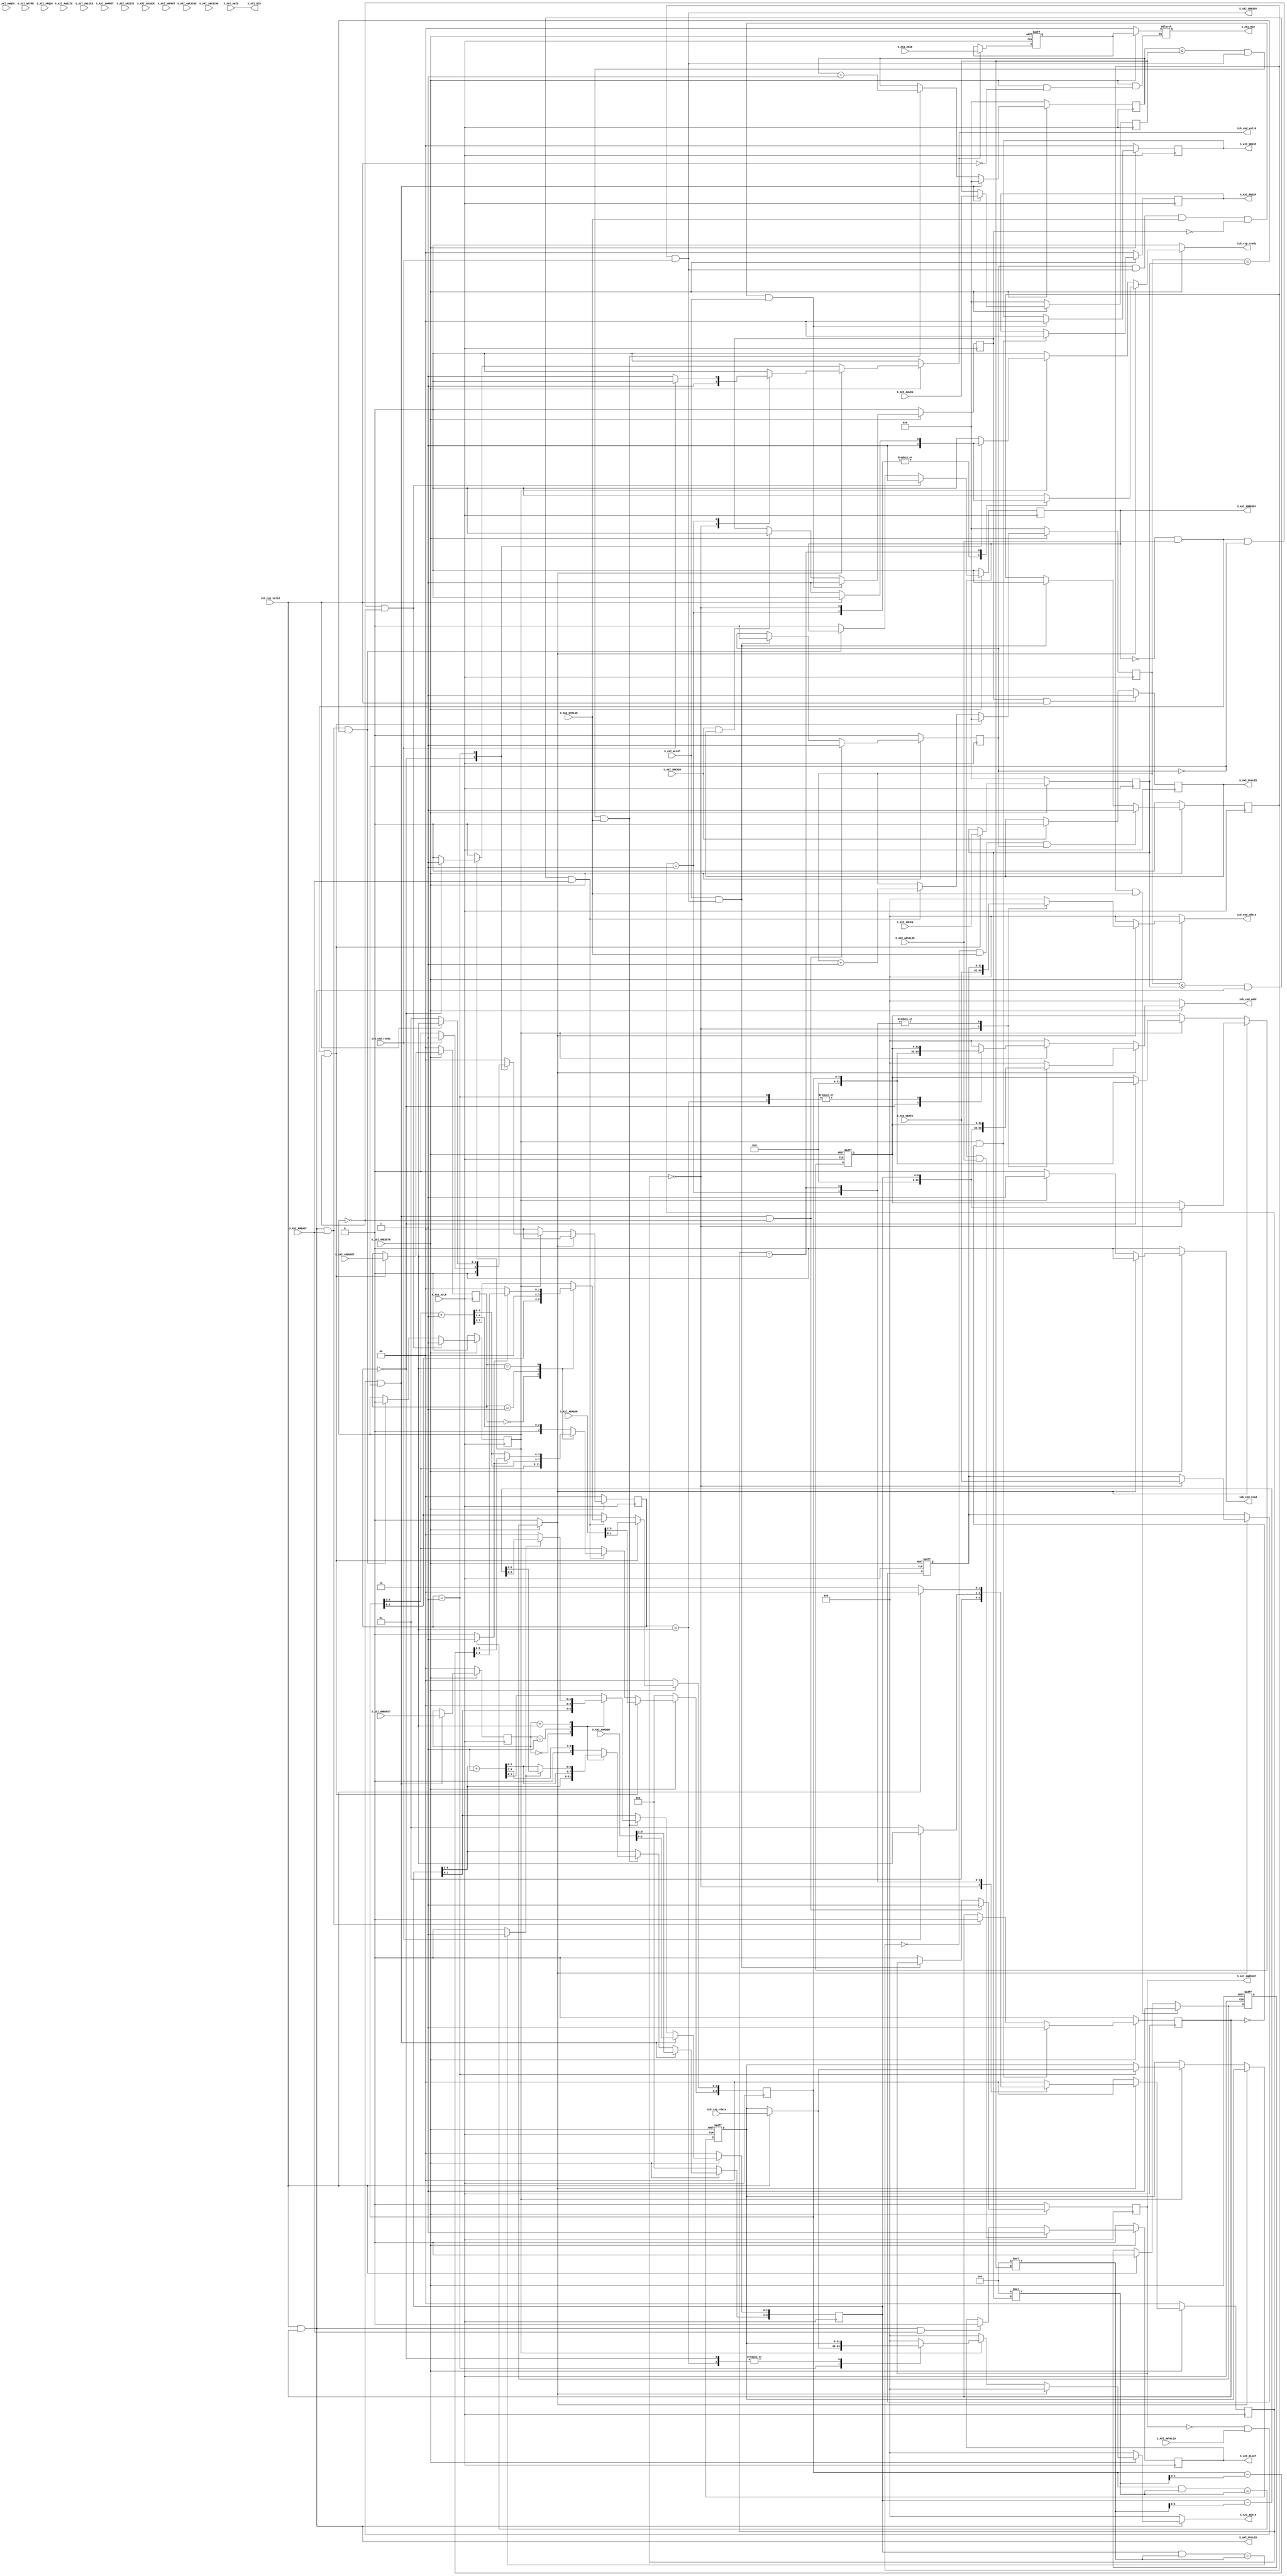
   
`timescale 1 ns / 1 ps

module myip_v1_0_S00_AXI #
	(
		// Users to add parameters here
		
		// User parameters ends
		// Do not modify the parameters beyond this line

		// Width of ID for for write address, write data, read address and read data
		parameter integer C_S_AXI_ID_WIDTH	= 2,
		parameter integer C_S_AXI_DATA_WIDTH	= 32,
		parameter integer C_S_AXI_ADDR_WIDTH	= 6,
		parameter integer C_S_AXI_AWUSER_WIDTH	= 0,
		parameter integer C_S_AXI_ARUSER_WIDTH	= 0,
		parameter integer C_S_AXI_WUSER_WIDTH	= 0,
		parameter integer C_S_AXI_RUSER_WIDTH	= 0,
		parameter integer C_S_AXI_BUSER_WIDTH	= 0
	)
	(
		// Users to add ports here
		output	reg					icb_cmd_valid,
		input 						icb_cmd_ready,
		output	reg [31:0] 			icb_cmd_addr,
		output	reg 				icb_cmd_read,
		output	reg [31:0] 			icb_cmd_wdata,
		input 						icb_rsp_valid,
		input  	[31:0]				icb_rsp_rdata,
		output	reg 				icb_rsp_ready,
		// User ports ends
		// Do not modify the ports beyond this line

		input wire  S_AXI_ACLK,
		input wire  S_AXI_ARESETN,
		input wire [C_S_AXI_ID_WIDTH-1 : 0] S_AXI_AWID,
		input wire [C_S_AXI_ADDR_WIDTH-1 : 0] S_AXI_AWADDR,
		input wire [7 : 0] S_AXI_AWLEN,
		input wire [2 : 0] S_AXI_AWSIZE,
		input wire [1 : 0] S_AXI_AWBURST,
		input wire  S_AXI_AWLOCK,
		input wire [3 : 0] S_AXI_AWCACHE,
		input wire [2 : 0] S_AXI_AWPROT,
		input wire [3 : 0] S_AXI_AWQOS,
		input wire  S_AXI_AWVALID,
		output wire  S_AXI_AWREADY,
		input wire [C_S_AXI_DATA_WIDTH-1 : 0] S_AXI_WDATA,
		input wire [(C_S_AXI_DATA_WIDTH/8)-1 : 0] S_AXI_WSTRB,
		input wire  S_AXI_WLAST,
		input wire  S_AXI_WVALID,
		output wire  S_AXI_WREADY,
		output wire [C_S_AXI_ID_WIDTH-1 : 0] S_AXI_BID,
		output wire [1 : 0] S_AXI_BRESP,
		output wire  S_AXI_BVALID,
		input wire  S_AXI_BREADY,
		input wire [C_S_AXI_ID_WIDTH-1 : 0] S_AXI_ARID,
		input wire [C_S_AXI_ADDR_WIDTH-1 : 0] S_AXI_ARADDR,
		input wire [7 : 0] S_AXI_ARLEN,
		input wire [2 : 0] S_AXI_ARSIZE,
		input wire [1 : 0] S_AXI_ARBURST,
		input wire  S_AXI_ARLOCK,
		input wire [3 : 0] S_AXI_ARCACHE,
		input wire [2 : 0] S_AXI_ARPROT,
		input wire [3 : 0] S_AXI_ARQOS,
		input wire  S_AXI_ARVALID,
		output wire  S_AXI_ARREADY,
		output wire [C_S_AXI_ID_WIDTH-1 : 0] S_AXI_RID,
		output wire [C_S_AXI_DATA_WIDTH-1 : 0] S_AXI_RDATA,
		output wire [1 : 0] S_AXI_RRESP,
		output wire  S_AXI_RLAST,
		output wire  S_AXI_RVALID,
		input wire  S_AXI_RREADY
	);

	// AXI4FULL signals
	reg [C_S_AXI_ADDR_WIDTH-1 : 0] 	axi_awaddr;
	reg  							axi_awready;
	wire  							axi_wready;
	reg [1 : 0] 					axi_bresp;
	reg  							axi_bvalid;
	reg [C_S_AXI_ADDR_WIDTH-1 : 0] 	axi_araddr;
	reg  							axi_arready;
	reg [C_S_AXI_DATA_WIDTH-1 : 0] 	axi_rdata;
	reg [1 : 0] 					axi_rresp;
	reg  							axi_rlast;
	wire  							axi_rvalid;
	// aw_wrap_en determines wrap boundary and enables wrapping
	wire aw_wrap_en;
	// ar_wrap_en determines wrap boundary and enables wrapping
	wire ar_wrap_en;
	// aw_wrap_size is the size of the write transfer, the
	// write address wraps to a lower address if upper address
	// limit is reached
	wire [31:0]  aw_wrap_size ; 
	// ar_wrap_size is the size of the read transfer, the
	// read address wraps to a lower address if upper address
	// limit is reached
	wire [31:0]  ar_wrap_size ; 
	// The axi_awv_awr_flag flag marks the presence of write address valid
	reg axi_awv_awr_flag;
	//The axi_arv_arr_flag flag marks the presence of read address valid
	reg axi_arv_arr_flag; 
	// The axi_awlen_cntr internal write address counter to keep track of beats in a burst transaction
	reg [7:0] axi_awlen_cntr;
	//The axi_arlen_cntr internal read address counter to keep track of beats in a burst transaction
	reg [7:0] axi_arlen_cntr;
	reg [1:0] axi_arburst;
	reg [1:0] axi_awburst;
	reg [7:0] axi_arlen;
	reg [7:0] axi_awlen;
	//local parameter for addressing 32 bit / 64 bit C_S_AXI_DATA_WIDTH
	//ADDR_LSB is used for addressing 32/64 bit registers/memories
	//ADDR_LSB = 2 for 32 bits (n downto 2) 
	//ADDR_LSB = 3 for 42 bits (n downto 3)

	localparam integer ADDR_LSB = (C_S_AXI_DATA_WIDTH/32)+ 1;
	localparam integer OPT_MEM_ADDR_BITS = 3;
	localparam integer USER_NUM_MEM = 1;
	//----------------------------------------------
	//-- Signals for user logic memory space example
	//------------------------------------------------
	wire [OPT_MEM_ADDR_BITS:0] mem_address;
	wire [USER_NUM_MEM-1:0] mem_select;
	reg [C_S_AXI_DATA_WIDTH-1:0] mem_data_out[0 : USER_NUM_MEM-1];
	reg r_last;
	reg [C_S_AXI_ID_WIDTH-1:0]r_id;
	reg [C_S_AXI_ID_WIDTH-1:0]r_id_temp;
	genvar i;
	genvar j;
	genvar mem_byte_index;

	// I/O Connections assignments

	assign S_AXI_AWREADY	= axi_awready;
	assign S_AXI_WREADY	= axi_wready;
	assign S_AXI_BRESP	= axi_bresp;
	assign S_AXI_BVALID	= axi_bvalid;
	assign S_AXI_ARREADY	= axi_arready;
	assign S_AXI_RDATA	= axi_rdata;
	assign S_AXI_RRESP	= axi_rresp;
	assign S_AXI_RLAST	= r_last;//axi_rlast;
	assign S_AXI_RVALID	= axi_rvalid;
	assign S_AXI_BID = S_AXI_AWID;
	assign S_AXI_RID = r_id;
	assign  aw_wrap_size = (C_S_AXI_DATA_WIDTH/8 * (axi_awlen)); 
	assign  ar_wrap_size = (C_S_AXI_DATA_WIDTH/8 * (axi_arlen)); 
	assign  aw_wrap_en = ((axi_awaddr & aw_wrap_size) == aw_wrap_size)? 1'b1: 1'b0;
	assign  ar_wrap_en = ((axi_araddr & ar_wrap_size) == ar_wrap_size)? 1'b1: 1'b0;

	// Implement axi_awready generation

	// axi_awready is asserted for one S_AXI_ACLK clock cycle when both
	// S_AXI_AWVALID and S_AXI_WVALID are asserted. axi_awready is
	// de-asserted when reset is low.
	// always @ (posedge S_AXI_ACLK)
	// if(!S_AXI_ARESETN)
		// r_id <= 0;
	// else if(S_AXI_ARVALID)
		// r_id <= S_AXI_ARID;
	// else
		// r_id <= r_id;
		
		
		
		
	// always @ (*)
	// if(!S_AXI_ARESETN)
		// begin
			// r_id_temp = 0;
			// r_id = 0;
		// end
	// else begin
		// if(icb_cmd_valid)
			// r_id_temp = S_AXI_ARID;
		// if(icb_rsp_valid)
			// r_id = r_id_temp;
	// end
		
	always @ (*)
	if(!S_AXI_ARESETN)
		r_id = 0;
	else if(icb_rsp_valid)
		r_id = r_id_temp;
	else
		r_id = r_id;
	
	always @ (posedge S_AXI_ACLK, negedge S_AXI_ARESETN)
	if(!S_AXI_ARESETN)
		r_id_temp <= 0;
	else if(icb_cmd_valid)
		r_id_temp <= S_AXI_ARID;
		
	
		
		
		
	always @ (posedge S_AXI_ACLK)
	if(!S_AXI_ARESETN)
		r_last <= 0;
	else if(S_AXI_ARREADY & S_AXI_ARVALID)
		r_last <= 1;
	else if(S_AXI_RVALID & S_AXI_RREADY) 
		r_last <= 0;
	
	
	always @( posedge S_AXI_ACLK )
	begin
	  if ( S_AXI_ARESETN == 1'b0 )
	    begin
	      axi_awready <= 1'b0;
	      axi_awv_awr_flag <= 1'b0;
	    end 
	  else
	    begin    
	      if (~axi_awready && S_AXI_AWVALID && ~axi_awv_awr_flag && ~axi_arv_arr_flag)
	        begin
	          // slave is ready to accept an address and associated control signals
	          axi_awready <= 1'b1;
	          axi_awv_awr_flag  <= 1'b1; 
	          // used for generation of bresp() and bvalid
	        end
	      else if (S_AXI_WLAST && axi_wready)          
	      // preparing to accept next address after current write burst tx completion
	        begin
	          axi_awv_awr_flag  <= 1'b0;
	        end
	      else        
	        begin
	          axi_awready <= 1'b0;
	        end
	    end 
	end       
	// Implement axi_awaddr latching

	// This process is used to latch the address when both 
	// S_AXI_AWVALID and S_AXI_WVALID are valid. 

	always @( posedge S_AXI_ACLK )
	begin
	  if ( S_AXI_ARESETN == 1'b0 )
	    begin
	      axi_awaddr <= 0;
	      axi_awlen_cntr <= 0;
	      axi_awburst <= 0;
	      axi_awlen <= 0;
	    end 
	  else
	    begin    
	      if (~axi_awready && S_AXI_AWVALID && ~axi_awv_awr_flag)
	        begin
	          // address latching 
	          axi_awaddr <= S_AXI_AWADDR[C_S_AXI_ADDR_WIDTH - 1:0];  
	           axi_awburst <= S_AXI_AWBURST; 
	           axi_awlen <= S_AXI_AWLEN;     
	          // start address of transfer
	          axi_awlen_cntr <= 0;
	        end   
	      else if((axi_awlen_cntr <= axi_awlen) && axi_wready && S_AXI_WVALID)        
	        begin

	          axi_awlen_cntr <= axi_awlen_cntr + 1;

	          case (axi_awburst)
	            2'b00: // fixed burst
	            // The write address for all the beats in the transaction are fixed
	              begin
	                axi_awaddr <= axi_awaddr;          
	                //for awsize = 4 bytes (010)
	              end   
	            2'b01: //incremental burst
	            // The write address for all the beats in the transaction are increments by awsize
	              begin
	                axi_awaddr[C_S_AXI_ADDR_WIDTH - 1:ADDR_LSB] <= axi_awaddr[C_S_AXI_ADDR_WIDTH - 1:ADDR_LSB] + 1;
	                //awaddr aligned to 4 byte boundary
	                axi_awaddr[ADDR_LSB-1:0]  <= {ADDR_LSB{1'b0}};   
	                //for awsize = 4 bytes (010)
	              end   
	            2'b10: //Wrapping burst
	            // The write address wraps when the address reaches wrap boundary 
	              if (aw_wrap_en)
	                begin
	                  axi_awaddr <= (axi_awaddr - aw_wrap_size); 
	                end
	              else 
	                begin
	                  axi_awaddr[C_S_AXI_ADDR_WIDTH - 1:ADDR_LSB] <= axi_awaddr[C_S_AXI_ADDR_WIDTH - 1:ADDR_LSB] + 1;
	                  axi_awaddr[ADDR_LSB-1:0]  <= {ADDR_LSB{1'b0}}; 
	                end                      
	            default: //reserved (incremental burst for example)
	              begin
	                axi_awaddr <= axi_awaddr[C_S_AXI_ADDR_WIDTH - 1:ADDR_LSB] + 1;
	                //for awsize = 4 bytes (010)
	              end
	          endcase              
	        end
	    end 
	end       
	// Implement axi_wready generation

	// axi_wready is asserted for one S_AXI_ACLK clock cycle when both
	// S_AXI_AWVALID and S_AXI_WVALID are asserted. axi_wready is 
	// de-asserted when reset is low. 
	reg axi_wready_temp;
	always @( posedge S_AXI_ACLK )
	begin
	  if ( S_AXI_ARESETN == 1'b0 )
	    begin
	      axi_wready_temp <= 1'b0;
	    end 
	  else
	    begin    
	      if ( ~axi_wready_temp && S_AXI_WVALID && axi_awv_awr_flag)
	        begin
	          // slave can accept the write data
	          axi_wready_temp <= 1'b1;
	        end
	      //else if (~axi_awv_awr_flag)
	      else if (S_AXI_WLAST && axi_wready)
	        begin
	          axi_wready_temp <= 1'b0;
	        end
	    end 
	end   
	assign axi_wready = axi_wready_temp && icb_cmd_ready;
	// Implement write response logic generation

	// The write response and response valid signals are asserted by the slave 
	// when axi_wready, S_AXI_WVALID, axi_wready and S_AXI_WVALID are asserted.  
	// This marks the acceptance of address and indicates the status of 
	// write transaction.
	reg axi_bvalid_temp;
	always @( posedge S_AXI_ACLK )
	begin
	  if ( S_AXI_ARESETN == 1'b0 )
	    begin
	      axi_bvalid_temp <= 0;
	      axi_bresp <= 2'b0;
	    end 
	  else
	    begin    
	      if (axi_awv_awr_flag && axi_wready && S_AXI_WVALID && ~axi_bvalid_temp && S_AXI_WLAST)
	        begin
	          axi_bvalid_temp <= 1'b1;
	          axi_bresp  <= 2'b0; 
	          // 'OKAY' response 
	        end                   
	      else
	        begin
	          if (S_AXI_BREADY && axi_bvalid) 
	          //check if bready is asserted while bvalid is high) 
	          //(there is a possibility that bready is always asserted high)   
	            begin
	              axi_bvalid_temp <= 1'b0; 
	            end  
	        end
	    end
	 end
	 always @ (posedge S_AXI_ACLK)
	 if(axi_bvalid_temp && icb_rsp_valid)
		axi_bvalid = 1;
	else if(S_AXI_BREADY)
		axi_bvalid = 0;
	 // assign axi_bvalid = axi_bvalid_temp && icb_rsp_valid;
	/*always @( posedge S_AXI_ACLK )
	begin
	  if ( S_AXI_ARESETN == 1'b0 )
	    begin
	      axi_bvalid <= 0;
	      axi_bresp <= 2'b0;
	    end 
	  else
	    begin    
	      if (axi_awv_awr_flag && axi_wready && S_AXI_WVALID && ~axi_bvalid && S_AXI_WLAST)
	        begin
	          axi_bvalid <= 1'b1;
	          axi_bresp  <= 2'b0; 
	          // 'OKAY' response 
	        end                   
	      else
	        begin
	          if (S_AXI_BREADY && axi_bvalid) 
	          //check if bready is asserted while bvalid is high) 
	          //(there is a possibility that bready is always asserted high)   
	            begin
	              axi_bvalid <= 1'b0; 
	            end  
	        end
	    end
	 end  */ 
	// Implement axi_arready generation

	// axi_arready is asserted for one S_AXI_ACLK clock cycle when
	// S_AXI_ARVALID is asserted. axi_awready is 
	// de-asserted when reset (active low) is asserted. 
	// The read address is also latched when S_AXI_ARVALID is 
	// asserted. axi_araddr is reset to zero on reset assertion.

	always @( posedge S_AXI_ACLK )
	begin
	  if ( S_AXI_ARESETN == 1'b0 )
	    begin
	      axi_arready <= 1'b0;
	      axi_arv_arr_flag <= 1'b0;
	    end 
	  else
	    begin    
	      if (~axi_arready && S_AXI_ARVALID && ~axi_awv_awr_flag && ~axi_arv_arr_flag)
	        begin
	          axi_arready <= 1'b1;
	          axi_arv_arr_flag <= 1'b1;
	        end
	      else if (axi_rvalid && S_AXI_RREADY && axi_arlen_cntr == axi_arlen)
	      // preparing to accept next address after current read completion
	        begin
	          axi_arv_arr_flag  <= 1'b0;
	        end
	      else        
	        begin
	          axi_arready <= 1'b0;
	        end
	    end 
	end       
	// Implement axi_araddr latching

	//This process is used to latch the address when both  S_AXI_ARVALID and S_AXI_RVALID are valid. 
	always @( posedge S_AXI_ACLK )
	begin
	  if ( S_AXI_ARESETN == 1'b0 )
	    begin
	      axi_araddr <= 0;
	      axi_arlen_cntr <= 0;
	      axi_arburst <= 0;
	      axi_arlen <= 0;
	      axi_rlast <= 1'b0;
	    end 
	  else
	    begin    
	      if (~axi_arready && S_AXI_ARVALID && ~axi_arv_arr_flag)
	        begin
	          // address latching 
	          axi_araddr <= S_AXI_ARADDR[C_S_AXI_ADDR_WIDTH - 1:0]; 
	          axi_arburst <= S_AXI_ARBURST; 
	          axi_arlen <= S_AXI_ARLEN;     
	          // start address of transfer
	          axi_arlen_cntr <= 0;
	          axi_rlast <= 1'b0;
	        end   
	      else if((axi_arlen_cntr <= axi_arlen) && axi_rvalid && S_AXI_RREADY)        
	        begin
	         
	          axi_arlen_cntr <= axi_arlen_cntr + 1;
	          axi_rlast <= 1'b0;
	        
	          case (axi_arburst)
	            2'b00: // fixed burst
	             // The read address for all the beats in the transaction are fixed
	              begin
	                axi_araddr       <= axi_araddr;        
	                //for arsize = 4 bytes (010)
	              end   
	            2'b01: //incremental burst
	            // The read address for all the beats in the transaction are increments by awsize
	              begin
	                axi_araddr[C_S_AXI_ADDR_WIDTH - 1:ADDR_LSB] <= axi_araddr[C_S_AXI_ADDR_WIDTH - 1:ADDR_LSB] + 1; 
	                //araddr aligned to 4 byte boundary
	                axi_araddr[ADDR_LSB-1:0]  <= {ADDR_LSB{1'b0}};   
	                //for awsize = 4 bytes (010)
	              end   
	            2'b10: //Wrapping burst
	            // The read address wraps when the address reaches wrap boundary 
	              if (ar_wrap_en) 
	                begin
	                  axi_araddr <= (axi_araddr - ar_wrap_size); 
	                end
	              else 
	                begin
	                axi_araddr[C_S_AXI_ADDR_WIDTH - 1:ADDR_LSB] <= axi_araddr[C_S_AXI_ADDR_WIDTH - 1:ADDR_LSB] + 1; 
	                //araddr aligned to 4 byte boundary
	                axi_araddr[ADDR_LSB-1:0]  <= {ADDR_LSB{1'b0}};   
	                end                      
	            default: //reserved (incremental burst for example)
	              begin
	                axi_araddr <= axi_araddr[C_S_AXI_ADDR_WIDTH - 1:ADDR_LSB]+1;
	                //for arsize = 4 bytes (010)
	              end
	          endcase              
	        end
	      else if((axi_arlen_cntr == axi_arlen) && ~axi_rlast && axi_arv_arr_flag )   
	        begin
	          axi_rlast <= 1'b1;
	        end          
	      else if (S_AXI_RREADY)   
	        begin
	          axi_rlast <= 1'b0;
	        end          
	    end 
	end       
	// Implement axi_arvalid generation

	// axi_rvalid is asserted for one S_AXI_ACLK clock cycle when both 
	// S_AXI_ARVALID and axi_arready are asserted. The slave registers 
	// data are available on the axi_rdata bus at this instance. The 
	// assertion of axi_rvalid marks the validity of read data on the 
	// bus and axi_rresp indicates the status of read transaction.axi_rvalid 
	// is deasserted on reset (active low). axi_rresp and axi_rdata are 
	// cleared to zero on reset (active low).  
	reg axi_rvalid_temp;
	always @( posedge S_AXI_ACLK )
	begin
	  if ( S_AXI_ARESETN == 1'b0 )
	    begin
	      axi_rvalid_temp <= 0;
	      axi_rresp  <= 0;
	    end 
	  else
	    begin    
	      if (axi_arv_arr_flag && ~axi_rvalid_temp )
	        begin
	          axi_rvalid_temp <= 1'b1;
	          axi_rresp  <= 2'b0; 
	          // 'OKAY' response
	        end   
	      else if (axi_rvalid && S_AXI_RREADY)
	        begin
	          axi_rvalid_temp <= 1'b0;
	        end            
	    end
	end    
	assign axi_rvalid = icb_rsp_valid & axi_rvalid_temp;
	
	//Output register or memory read data
	reg [31:0] 	rdata_temp;
	reg 		[1:0] 	state_d, state_q;
	wire mem_rden;
	reg mem_wren;
	reg mem_wren_reg;
	
	always @ (* )//(posedge S_AXI_ACLK)
		if(!S_AXI_ARESETN)
			mem_wren = 0;
		else if(axi_wready_temp && S_AXI_WVALID )
			mem_wren = 1;
		else if(icb_rsp_valid)
			mem_wren = 0;
		else
			mem_wren = mem_wren_reg;
		
		always @ (posedge S_AXI_ACLK,negedge S_AXI_ARESETN)//(posedge S_AXI_ACLK)
		if(!S_AXI_ARESETN)
			mem_wren_reg <= 0;
		else if(axi_wready_temp && S_AXI_WVALID )
			mem_wren_reg <= 1;
		else if(icb_rsp_valid)
			mem_wren_reg <= 0;
		
		
	 // always @ (* )//(posedge S_AXI_ACLK)
			// if(axi_wready_temp && S_AXI_WVALID )
				// mem_wren = 1;
			// else if(icb_rsp_valid)
				// mem_wren = 0;
	
	
	      assign mem_rden = axi_arv_arr_flag ; //& ~axi_rvalid
	always @( rdata_temp, axi_rvalid, S_AXI_ARESETN)
	begin
		if(!S_AXI_ARESETN)
			axi_rdata = 32'h0000_0000;
		if (axi_rvalid) 
			axi_rdata = rdata_temp;  
	  else
			axi_rdata = 32'h0000_0000;      
	end    

	// Add user logic here
		reg [1:0] w_state_d, w_state_q;
		reg [31:0]icb_cmd_addr_r;
		reg [31:0] icb_cmd_wdata_r;
		reg [31:0] rdata_temp_r;
	always @ (*)
		if(!S_AXI_ARESETN)
			begin
				icb_cmd_valid 	= 0;
				icb_cmd_addr 	= 0;
				icb_cmd_read 	= 0;
				icb_cmd_wdata 	= 0;
				icb_rsp_ready 	= 0;
				rdata_temp 		= 0;
				state_d			= 0;
				w_state_d		= 0;
			end
		else
			begin
				case(1)
					mem_wren 	:	begin
						rdata_temp 		= 0;
						state_d = 0;
						case(w_state_q)
							0	:	begin
										icb_cmd_valid = 1;
										icb_cmd_addr = axi_awaddr;
										icb_cmd_read = 0;
										icb_cmd_wdata = S_AXI_WDATA;
										icb_rsp_ready = 1;
										w_state_d = 1;
										
									end 
							1	:	begin
										icb_rsp_ready = 1;
										icb_cmd_read = 0;
										icb_cmd_addr = icb_cmd_addr_r;
										icb_cmd_wdata = icb_cmd_wdata_r;
										if(icb_cmd_ready)
											begin
												w_state_d = 2;
												icb_cmd_valid = 0;
											end		
										else	
											begin
												w_state_d = 1;
												icb_cmd_valid = 1;
											end
										
									end
							2	:	begin
										icb_cmd_valid = 0;
										icb_cmd_read = 0;
										icb_cmd_addr = icb_cmd_addr_r;
										icb_cmd_wdata = icb_cmd_wdata_r;
										if(icb_rsp_valid)
											begin
												w_state_d = 0;
												icb_rsp_ready = 0;
											end
										else
											begin
												w_state_d = 2;
												icb_rsp_ready = 1;
											end
									end
							default	:	begin
											icb_cmd_valid = 0;
											w_state_d = 0;
											icb_cmd_addr = 0;
											icb_cmd_wdata = 0;
											icb_cmd_read = 0;
											icb_rsp_ready = 0;
										end
						endcase
					end
					mem_rden : 
						begin
							w_state_d = 0;
							icb_cmd_wdata = 0;
							case (state_q)
								0	:	begin
											icb_cmd_valid = 1;
											icb_cmd_addr = axi_araddr;
											icb_cmd_read = 1;
											icb_rsp_ready = 1;
											rdata_temp 		= rdata_temp_r;
											if(icb_cmd_ready)
												state_d = 1;
											else	
												state_d = 0;
										end
								1	:	begin
											icb_cmd_valid 			= 0; 
											icb_cmd_read 			= 1;
											icb_cmd_addr 			= icb_cmd_addr_r;
											if(icb_rsp_valid)
												begin
													state_d 		= 2;
													rdata_temp 		= icb_rsp_rdata;
													icb_rsp_ready 	= 0;
												end
											else
												begin
													state_d 		= 1;
													rdata_temp 		= rdata_temp_r;
													icb_rsp_ready 	= 1;
												end
										end
								2	:	begin	
											state_d 		= 0;
											icb_cmd_valid 	= 0; 
											icb_rsp_ready 	= 0;
											icb_cmd_read 	= 1;
											icb_cmd_addr 	= icb_cmd_addr_r;
											rdata_temp 		= rdata_temp_r;
										end
							default	:	begin
											icb_cmd_valid 	= 0; 
											icb_rsp_ready	= 0;
											icb_cmd_addr 	= 0;
											icb_cmd_read 	= 1;
											state_d 		= 0;
											rdata_temp 		= 0;
										end
							endcase
						end
					default	:	begin
									icb_cmd_valid 	= 0;
									icb_cmd_addr 	= 0;
									icb_cmd_read 	= 0;
									icb_cmd_wdata 	= 0;
									icb_rsp_ready 	= 0;
									rdata_temp 		= 0;
									state_d			= 0;
									w_state_d 		= 0;
								end
				endcase
			end
		
		always @ (posedge S_AXI_ACLK, negedge S_AXI_ARESETN)
		if(!S_AXI_ARESETN)
			begin
				icb_cmd_wdata_r <= 0;
				icb_cmd_addr_r <= 0;
				rdata_temp_r <= 0;
			end
		else
			case(1)
				mem_wren :
					case(w_state_q)
						0	:	begin
									icb_cmd_addr_r <= axi_awaddr;
									icb_cmd_wdata_r <= S_AXI_WDATA;
								end
						default :	begin
										icb_cmd_addr_r <= icb_cmd_addr_r;
										icb_cmd_wdata_r <= icb_cmd_wdata_r;
									end
					endcase
				mem_rden :
					case(state_q)
						0	:	begin
									icb_cmd_addr_r <= axi_araddr;
									
								end
						1	:	begin
									if(icb_rsp_valid)
										rdata_temp_r <= icb_rsp_rdata;
								end
						default :	begin
										icb_cmd_addr_r <= icb_cmd_addr_r;
										rdata_temp_r <= rdata_temp_r;
									end
					endcase
				default : 	begin
								icb_cmd_addr_r <= icb_cmd_addr_r;
								icb_cmd_wdata_r <= icb_cmd_wdata_r;
								rdata_temp_r <= rdata_temp_r;
							end
			endcase
		
		always @ (posedge S_AXI_ACLK)
			begin
				state_q <= state_d;
				w_state_q <= w_state_d;
			end
		
	// User logic ends

	endmodule